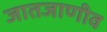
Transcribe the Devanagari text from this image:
जातजाणीव